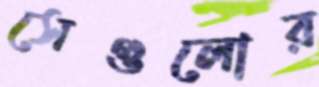
সেগুলোর